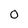
Character: 0